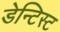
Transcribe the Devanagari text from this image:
डेन्टिस्ट